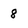
Character: 8